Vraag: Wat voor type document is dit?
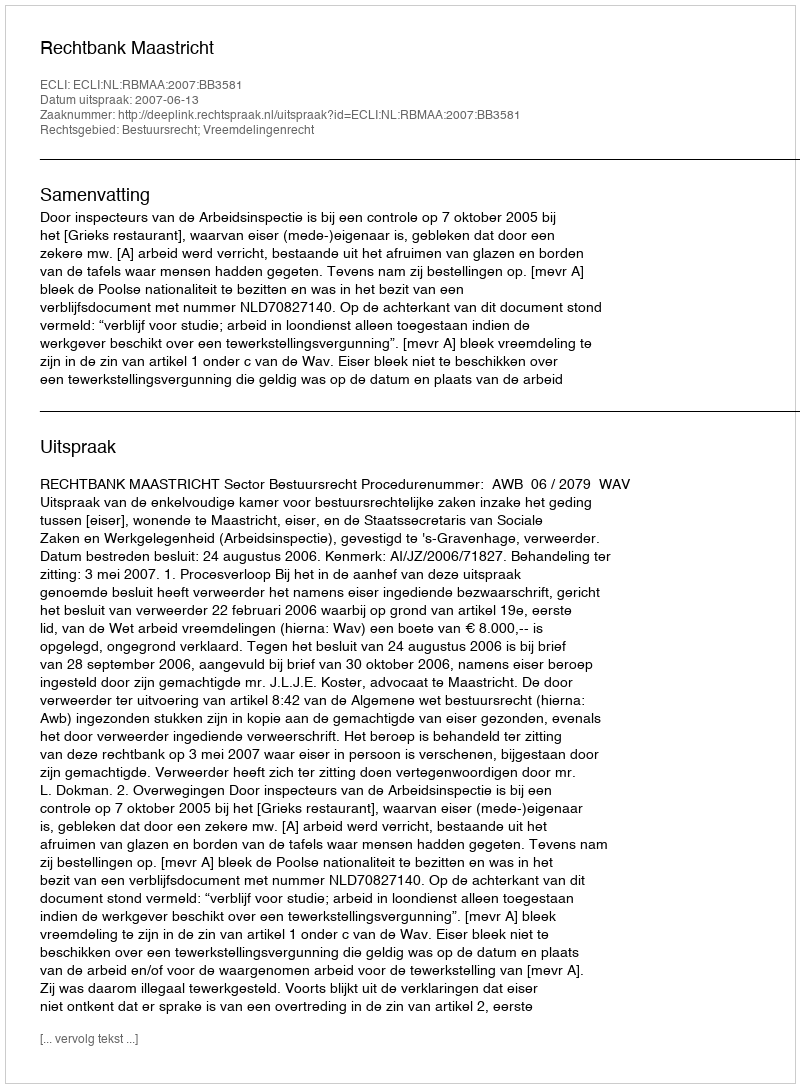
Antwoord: Uitspraak